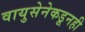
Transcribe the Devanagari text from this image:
वायुसेनेकडूनही